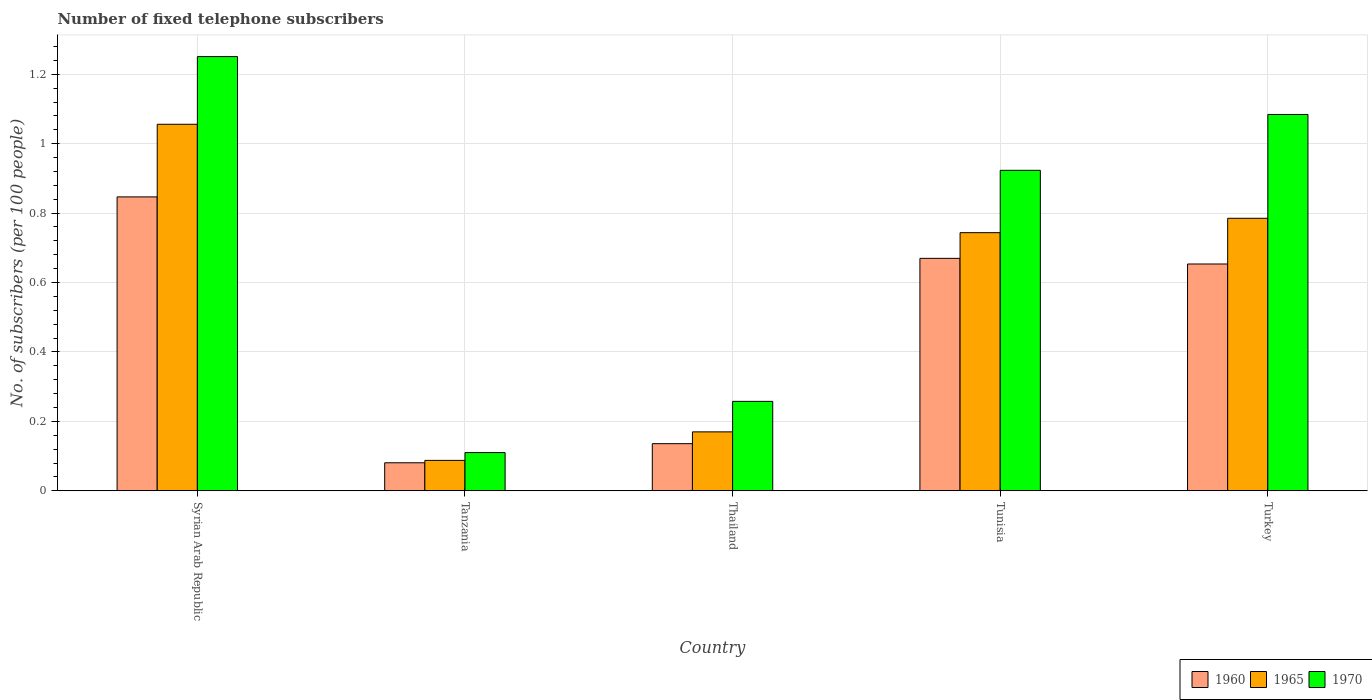
| Country | 1960 | 1965 | 1970 |
 | --- | --- | --- | --- |
 | Syrian Arab Republic | 0.847 | 1.06 | 1.25 |
 | Tanzania | 0.0807 | 0.0876 | 0.11 |
 | Thailand | 0.136 | 0.17 | 0.258 |
 | Tunisia | 0.67 | 0.744 | 0.923 |
 | Turkey | 0.653 | 0.785 | 1.08 |